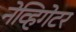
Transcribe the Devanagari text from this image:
नेव्हिगेटर